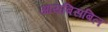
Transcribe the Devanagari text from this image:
आयबिसबिल